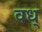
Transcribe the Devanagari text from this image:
वध्